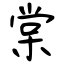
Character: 棠